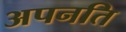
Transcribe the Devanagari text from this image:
अपनति